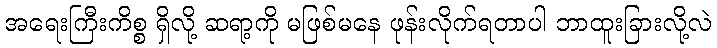
အရေးကြီးကိစ္စ ရှိလို့ ဆရာ့ကို မဖြစ်မနေ ဖုန်းလိုက်ရတာပါ ဘာထူးခြားလို့လဲ